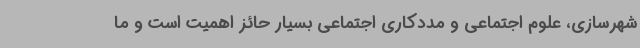
شهرسازی، علوم اجتماعی و مددکاری اجتماعی بسیار حائز اهمیت است و ما